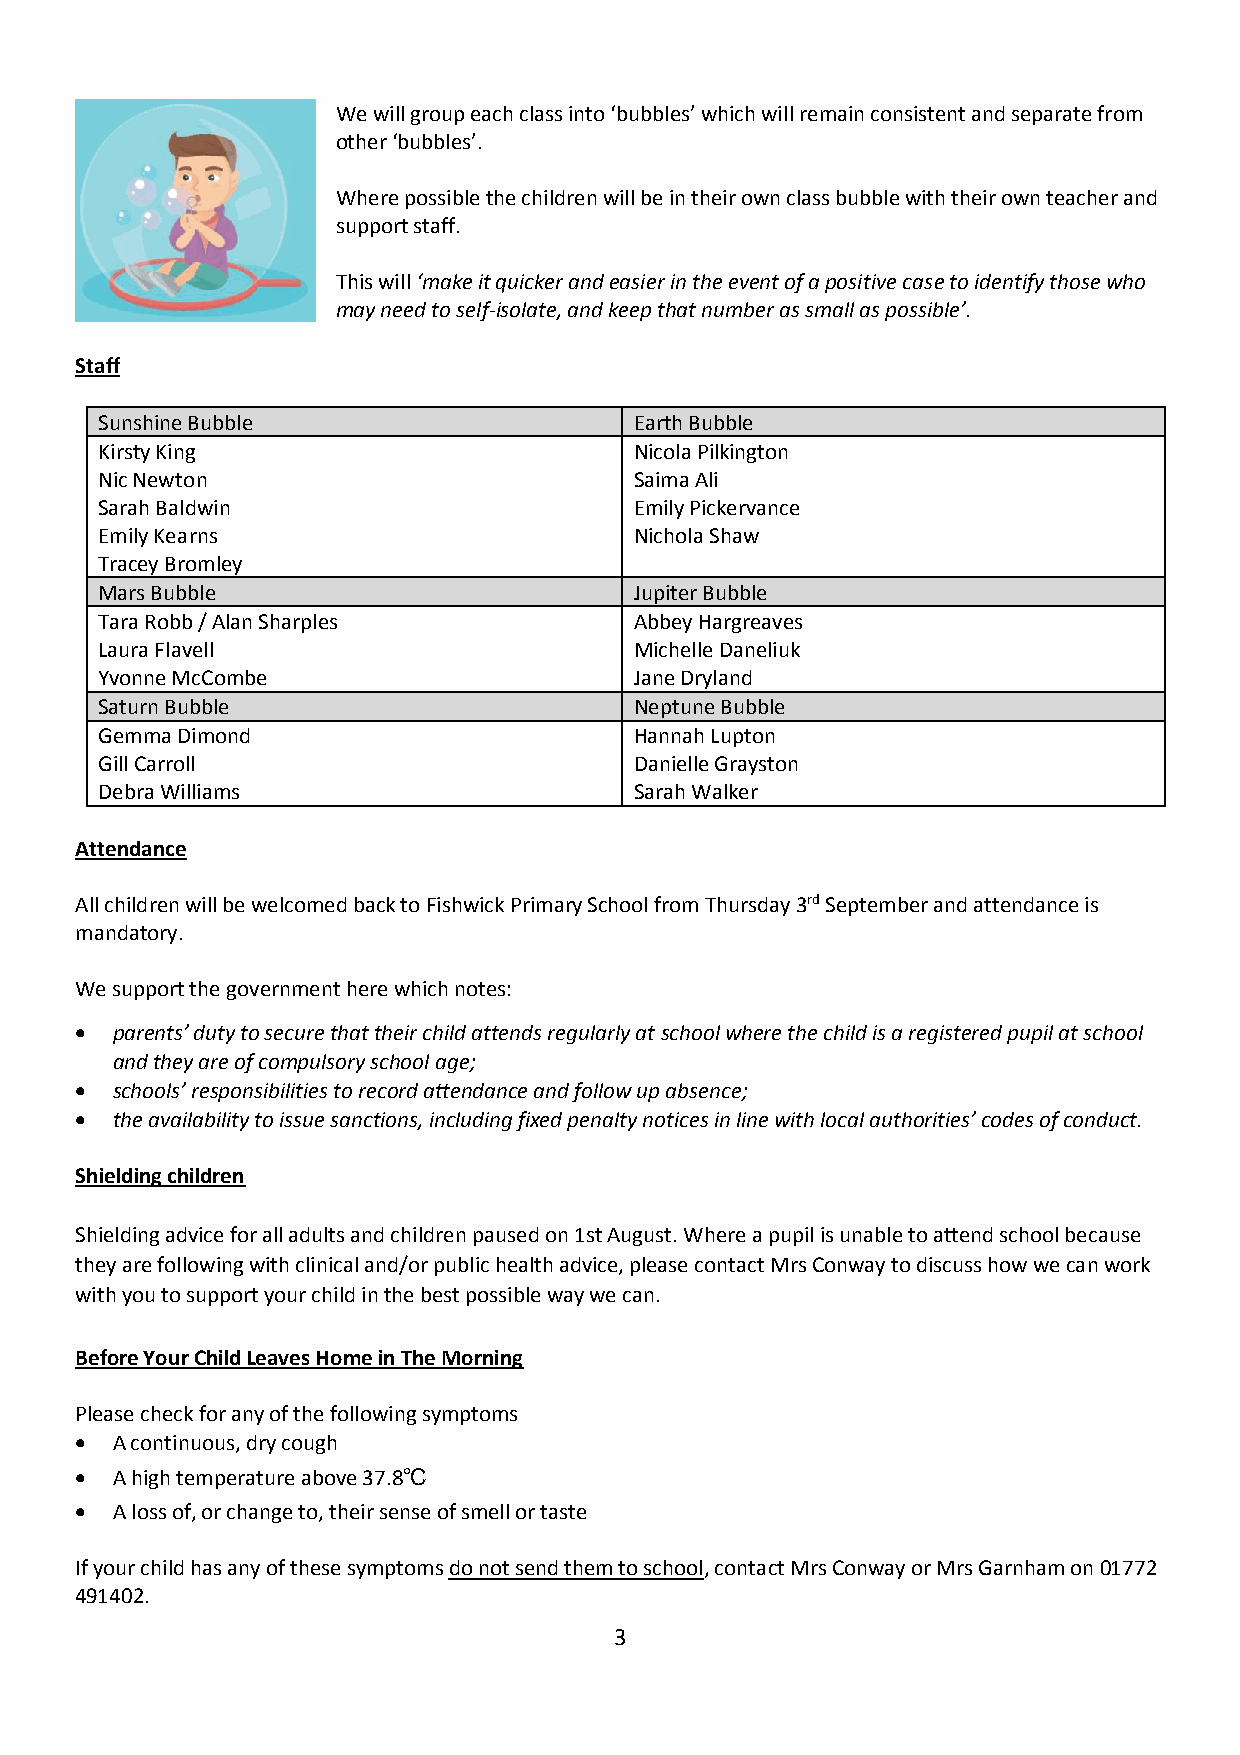
We will group each class into ‘bubbles’ which will remain consistent and separate from
 other ‘bubbles’.
 Where possible the children will be in their own class bubble with their own teacher and
 support staff.
 This will ‘make it quicker and easier in the event of a positive case to identify those who
 may need to self-isolate, and keep that number as small as possible’.
 Staff
 Sunshine Bubble                     Earth Bubble
 Kirsty King                         Nicola Pilkington
 Nic Newton                          Saima Ali
 Sarah Baldwin                       Emily Pickervance
 Emily Kearns                        Nichola Shaw
 Tracey Bromley
 Mars Bubble                         Jupiter Bubble
 Tara Robb / Alan Sharples           Abbey Hargreaves
 Laura Flavell                       Michelle Daneliuk
 Yvonne McCombe                      Jane Dryland
 Saturn Bubble                       Neptune Bubble
 Gemma Dimond                        Hannah Lupton
 Gill Carroll                        Danielle Grayston
 Debra Williams                      Sarah Walker
 Attendance
 All children will be welcomed back to Fishwick Primary School from Thursday 3rd September and attendance is
 mandatory.
 We support the government here which notes:
  parents’ duty to secure that their child attends regularly at school where the child is a registered pupil at school
 and they are of compulsory school age;
  schools’ responsibilities to record attendance and follow up absence;
  the availability to issue sanctions, including fixed penalty notices in line with local authorities’ codes of conduct.
 Shielding children
 Shielding advice for all adults and children paused on 1st August. Where a pupil is unable to attend school because
 they are following with clinical and/or public health advice, please contact Mrs Conway to discuss how we can work
 with you to support your child in the best possible way we can.
 Before Your Child Leaves Home in The Morning
 Please check for any of the following symptoms
  A continuous, dry cough
  A high temperature above 37.8℃
  A loss of, or change to, their sense of smell or taste
 If your child has any of these symptoms do not send them to school, contact Mrs Conway or Mrs Garnham on 01772
 491402.
 3